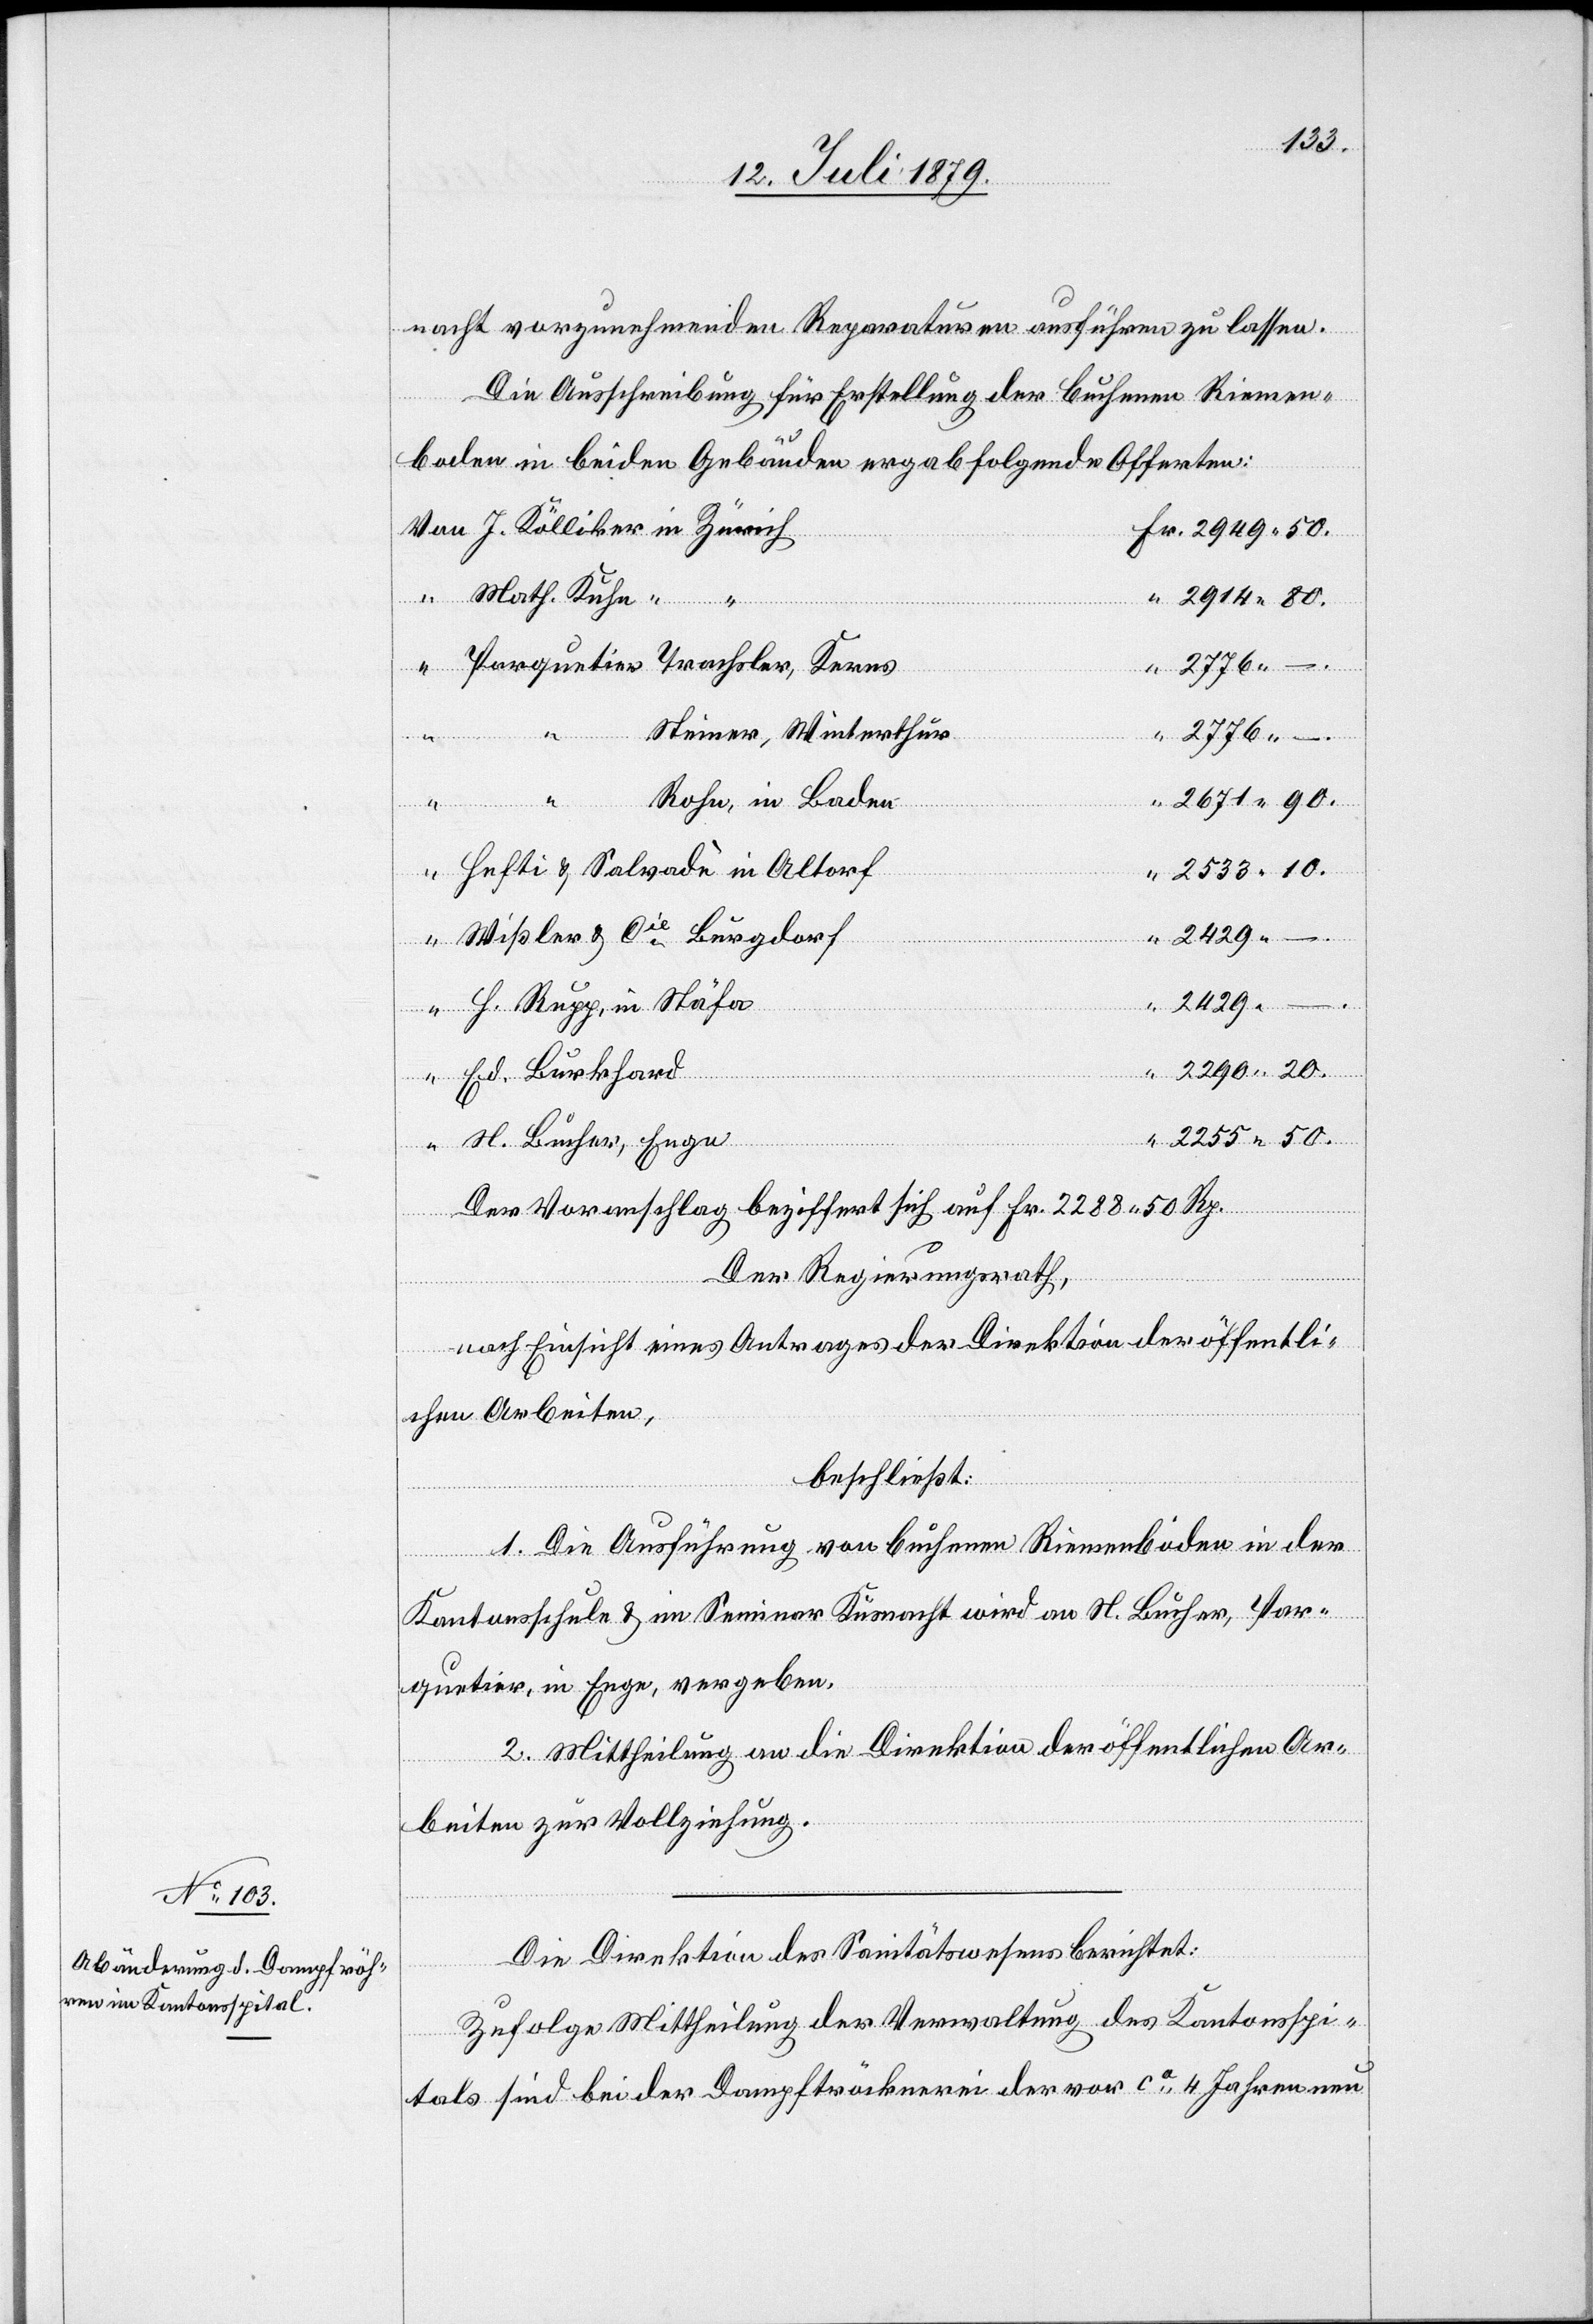
15. Juli 1879.]
nacht vorzunehmenden Reparaturen ausführen zu lassen.
Die Ausschreibung für Erstellung der buchenen Riemen¬
rfügungen.
boden in beiden Gebäuden ergab folgende Offerten:
J. Kölliker in Zürich
50.
Math. Kuhn “ “
2914 80.
Parquetier Trachsler, Kerns
–.
Steiner, Winterthur
–.
2776 –.
2671 90.
Rohn, in Baden
Hefti & Salvadè in Altorf
2533 10.
2429
Wißler & Cie Burgdorf
H. Rupp, in Stäfa
2290 20.
[Präsi¬
Ed. Burkhard
2255 50.
N. Bucher, Enge
Der Voranschlag beziffert sich auf Fr. 2288 50 Rp.
Der Regierungsrath,
nach Einsicht eines Antrages der Direktion der öffentli¬
“
chen Arbeiten,
beschließt:
1. Die Ausführung von buchenen Riemenböden in der
Kantonsschule & im Seminar Küsnacht wird an N. Bucher, Par¬
quetier, in Enge, vergeben.
2. Mittheilung an die Direktion der öffentlichen Ar¬
beiten zur Vollziehung.
Die Direktion des Sanitätswesens berichtet:
Zufolge Mittheilung der Verwaltung des Kantonsspi¬
tals sind bei der Dampftröcknerei der vor ca 4 Jahren neu